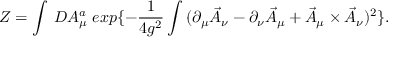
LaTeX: Z = \int \: { \cal D } A _ { \mu } ^ { a } \; e x p \{ - \frac { 1 } { 4 g ^ { 2 } } \int \: ( \partial _ { \mu } \vec { A } _ { \nu } - \partial _ { \nu } \vec { A } _ { \mu } + \vec { A } _ { \mu } \times \vec { A } _ { \nu } ) ^ { 2 } \} .